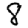
Digit: 8